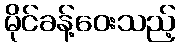
မိုင်ခန့်ဝေးသည့်